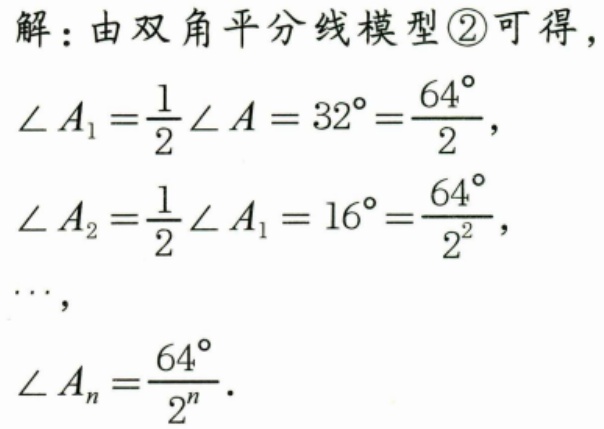
解：由双角平分线模型\textcircled{2}可得，
\(\angle A_{1}=\frac{1}{2}\angle A = 32^{\circ}=\frac{64^{\circ}}{2}\)，
\(\angle A_{2}=\frac{1}{2}\angle A_{1}=16^{\circ}=\frac{64^{\circ}}{2^{2}}\)，
\(\cdots\)，
\(\angle A_{n}=\frac{64^{\circ}}{2^{n}}\)．